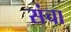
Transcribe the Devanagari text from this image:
संचा